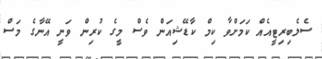
ސެލެބިރިޓީއެއް ކަމަށްވާ ކިމް ކާޑޭޝިއަން ވެސް މީގެ ކުރިން ވަނީ އޭނާގެ މަސް